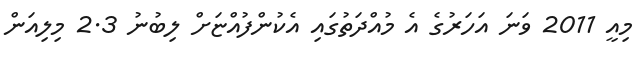
މިއީ 2011 ވަނަ އަހަރުގެ އެ މުއްދަތުގައި އެކުންފުއްޏަށް ލިބުނު 2.3 މިލިއަން